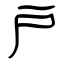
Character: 戸